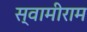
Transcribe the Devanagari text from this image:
स्वामीराम